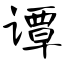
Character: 谭